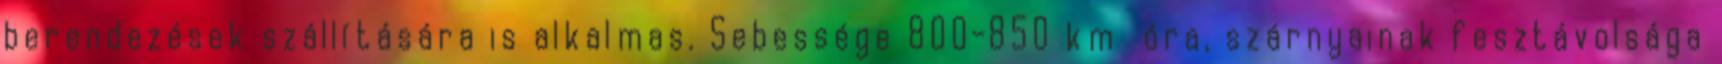
berendezések szállítására is alkalmas. Sebessége 800-850 km óra, szárnyainak fesztávolsága